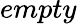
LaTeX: empty